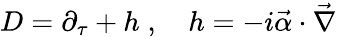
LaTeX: D=\partial_{\tau}+h\; ,\quad h=-i{\vec{\alpha}\cdot\vec{\nabla}}